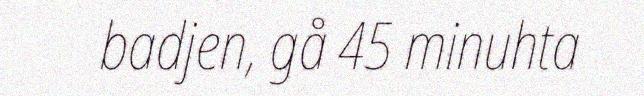
badjen, gå 45 minuhta